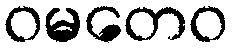
ဝမတေဝ